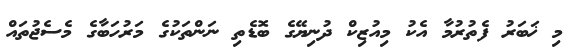
މި ޚަބަރު ފެތުރުމާ އެކު މިއުޒިކް ދުނިޔޭގެ ބޮޑެތި ނަންތަކުގެ މަރުހަބާގެ މެސެޖުތައް